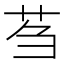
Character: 𫇴